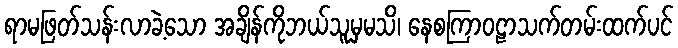
ရာမဖြတ်သန်းလာခဲ့သော အချိန်ကိုဘယ်သူမှမသိ၊ နေစကြာဝဠာသက်တမ်းထက်ပင်